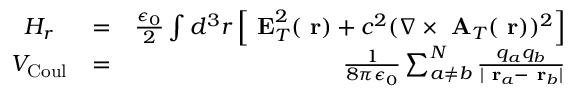
\begin{array} { r l r } { H _ { r } \; \; } & { = } & { \frac { \epsilon _ { 0 } } { 2 } \int d ^ { 3 } r \left[ \mathrm { \bf ~ E } _ { T } ^ { 2 } ( \mathrm { \bf ~ r } ) + c ^ { 2 } ( \nabla \times \mathrm { \bf ~ A } _ { T } ( \mathrm { \bf ~ r } ) ) ^ { 2 } \right] } \\ { V _ { \mathrm { C o u l } } } & { = } & { \frac { 1 } { 8 \pi \epsilon _ { 0 } } \sum _ { a \ne b } ^ { N } \frac { q _ { a } q _ { b } } { | \mathrm { \bf ~ r } _ { a } - \mathrm { \bf ~ r } _ { b } | } } \end{array}